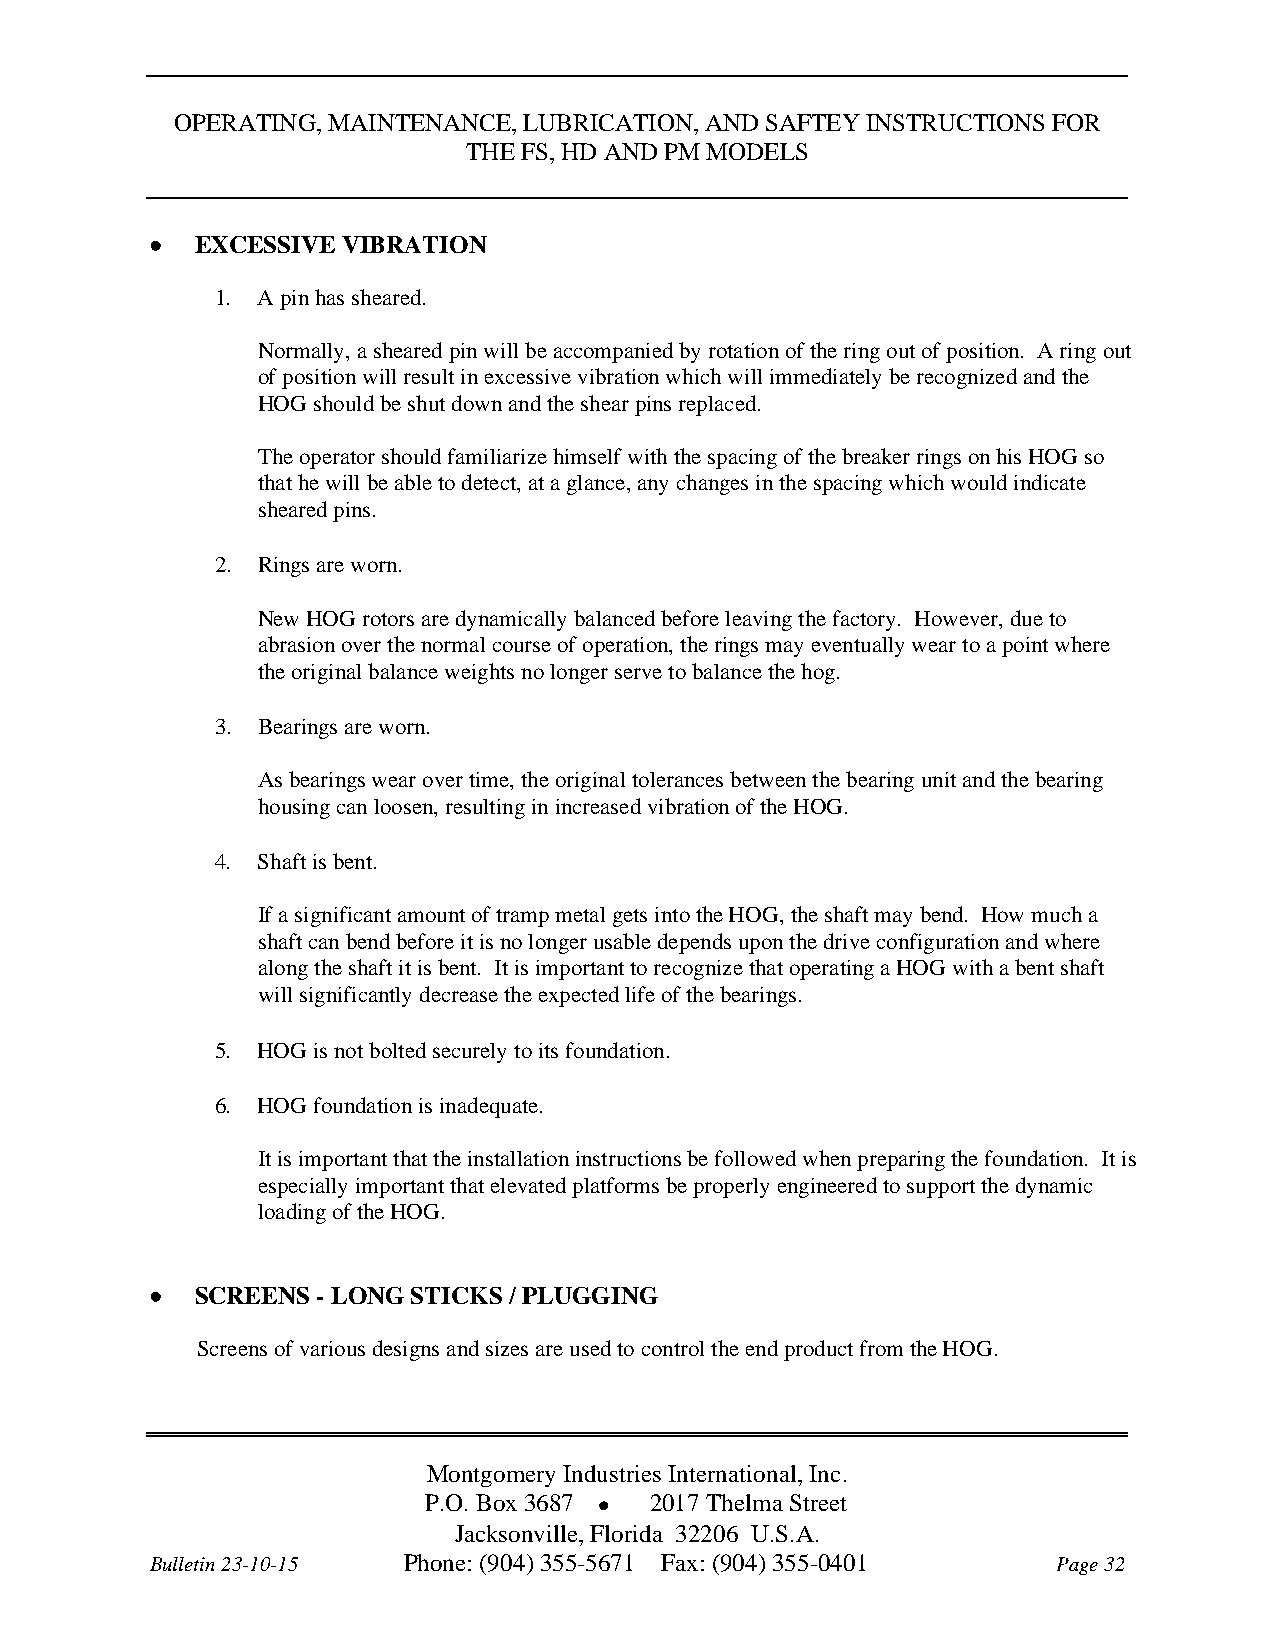
OPERATING, MAINTENANCE, LUBRICATION, AND SAFTEY INSTRUCTIONS FOR
 THE FS, HD AND PM MODELS
   EXCESSIVE VIBRATION
 1. A pin has sheared.
 Normally, a sheared pin will be accompanied by rotation of the ring out of position. A ring out
 of position will result in excessive vibration which will immediately be recognized and the
 HOG should be shut down and the shear pins replaced.
 The operator should familiarize himself with the spacing of the breaker rings on his HOG so
 that he will be able to detect, at a glance, any changes in the spacing which would indicate
 sheared pins.
 2. Rings are worn.
 New HOG rotors are dynamically balanced before leaving the factory. However, due to
 abrasion over the normal course of operation, the rings may eventually wear to a point where
 the original balance weights no longer serve to balance the hog.
 3. Bearings are worn.
 As bearings wear over time, the original tolerances between the bearing unit and the bearing
 housing can loosen, resulting in increased vibration of the HOG.
 4. Shaft is bent.
 If a significant amount of tramp metal gets into the HOG, the shaft may bend. How much a
 shaft can bend before it is no longer usable depends upon the drive configuration and where
 along the shaft it is bent. It is important to recognize that operating a HOG with a bent shaft
 will significantly decrease the expected life of the bearings.
 5. HOG is not bolted securely to its foundation.
 6. HOG foundation is inadequate.
 It is important that the installation instructions be followed when preparing the foundation. It is
 especially important that elevated platforms be properly engineered to support the dynamic
 loading of the HOG.
   SCREENS - LONG STICKS / PLUGGING
 Screens of various designs and sizes are used to control the end product from the HOG.
 Montgomery Industries International, Inc.
 P.O. Box 3687  2017 Thelma Street
 Jacksonville, Florida 32206 U.S.A.
 Bulletin 23-10-15 Phone: (904) 355-5671 Fax: (904) 355-0401 Page 32